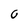
Character: 0